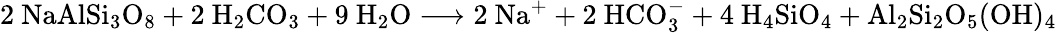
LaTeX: \mathrm{2\ NaAlSi_{3}O_{8}+2\ H_{2}CO_{3}+9\ H_{2}O\longrightarrow 2\ Na^{+}+2\ HCO_{3}^{-}+4\ H_{4}SiO_{4}+Al_{2}Si_{2}O_{5}(OH)_{4}}